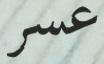
عسر